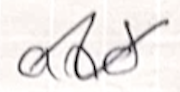
Text: and
Cross-out: wave
Writing tool: ballpoint